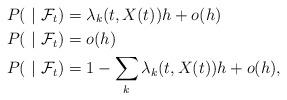
LaTeX: \begin{align*}P(\ | \ \mathcal{F}_t) &= \lambda_k(t,X(t)) h + o(h)\\P(\ | \ \mathcal{F}_t) &= o(h)\\P(\ | \ \mathcal{F}_t) &=1 - \sum_{k}\lambda_k(t,X(t)) h + o(h),\end{align*}